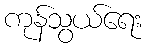
ကုန်သွယ်ရေး